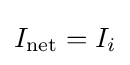
I_{\mathrm {net} }=I_{i}\,\!